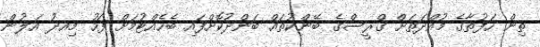
ތިން ހަފުތާގެ މުއްދަތަށް ގްރީސްގެ ބޭންކުތައް ބަންދުކޮށްފައި ބެހެއްޓުމަށް ފަހު މިއދު އަލުން